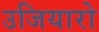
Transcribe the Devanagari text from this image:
उजियारो